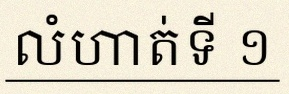
លំហាត់ទី ១